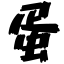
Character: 蛋